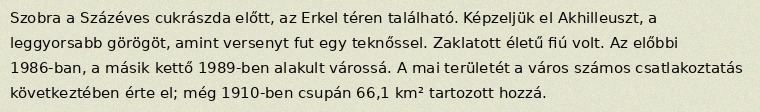
Szobra a Százéves cukrászda előtt, az Erkel téren található. Képzeljük el Akhilleuszt, a leggyorsabb görögöt, amint versenyt fut egy teknőssel. Zaklatott életű fiú volt. Az előbbi 1986-ban, a másik kettő 1989-ben alakult várossá. A mai területét a város számos csatlakoztatás következtében érte el; még 1910-ben csupán 66,1 km² tartozott hozzá.